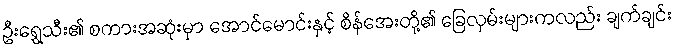
ဦးရွှေသီး၏ စကားအဆုံးမှာ အောင်မောင်းနှင့် စိန်အေးတို့၏ ခြေလှမ်းများကလည်း ချက်ချင်း